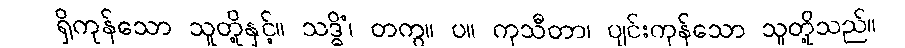
ရှိကုန်သော သူတို့နှင့်။ သဒ္ဓိံ၊ တကွ။ ပ။ ကုသီတာ၊ ပျင်းကုန်သော သူတို့သည်။